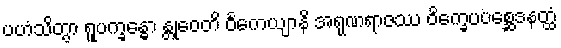
ပဟံသိတွာ ရူပက္ခန္ဓော န္တုဝေတိ ဝင်္ကေယျာနိ အရုဏရာဇဿ ဝိက္ခေပပစ္ဆေဒနတ္ထံ